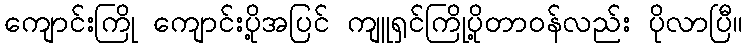
ကျောင်းကြို ကျောင်းပို့အပြင် ကျူရှင်ကြိုပို့တာဝန်လည်း ပိုလာပြီ။